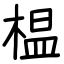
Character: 榅